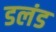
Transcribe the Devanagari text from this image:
डलंड